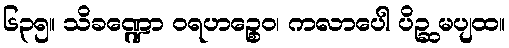
၆၃၅။ သိခဏ္ဍော ဝရဟဉ္စေဝ၊ ကလာပေါ ပိဉ္ဆ မပျထ။